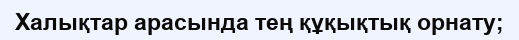
Халықтар арасында тең құқықтық орнату;